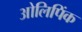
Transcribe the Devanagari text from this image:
ओलिपिंक